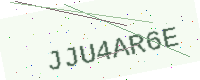
Text: JJU4AR6E